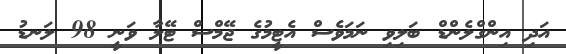
އަދި އިންގްލެންޑް ބަލިވި ނަމަވެސް އެޓީމުގެ ޖޭމްސް ޓޭލާ ވަނީ 98 ލަނޑު